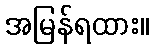
အမြန်ရထား။